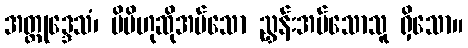
အတ္တုဒ္ဒေသံ၊ မိမိဟုဆိုအပ်သော ညွှန်းအပ်သောသူ ရှိသော။